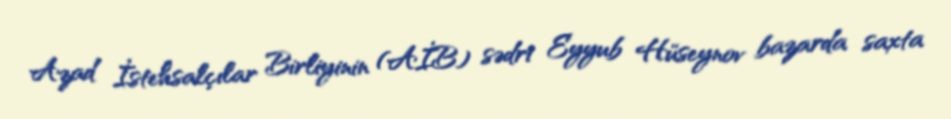
Azad İstehsalçılar Birliyinin (AİB) sədri Eyyub Hüseynov bazarda saxta